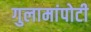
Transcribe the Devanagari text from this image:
गुलामांपोटी